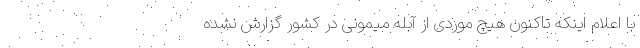
با اعلام اینکه تاکنون هیچ موردی از آبله میمونی در کشور گزارش نشده